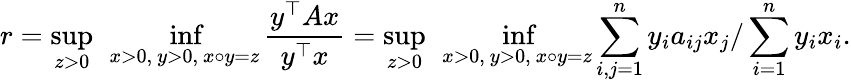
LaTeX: r=\operatorname*{sup}_{z>0}\ \operatorname*{inf}_{x>0,\ y>0,\ x\circ y=z}{\frac{y^{\top}Ax}{y^{\top}x}}=\operatorname*{sup}_{z>0}\ \operatorname*{inf}_{x>0,\ y>0,\ x\circ y=z}\sum_{i,j=1}^{n}y_{i}a_{ij}x_{j}/\sum_{i=1}^{n}y_{i}x_{i}.